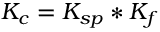
K _ { c } = K _ { s p } * K _ { f }